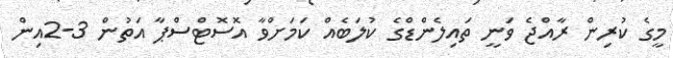
މީގެ ކުރިން ރާއްޖެ ވަނީ ތައިލެންޑްގެ ކުލަބެއް ކަމަށްވާ އޮސޮޓްސްޕާ އަތުން 3-2އިން